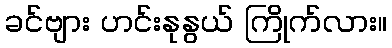
ခင်ဗျား ဟင်းနုနွယ် ကြိုက်လား။